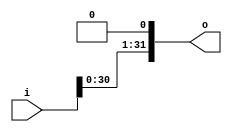
module ShiftLeftOne (
    input signed [31:0] i,
    output signed [31:0] o
);

    // TODO: implement your shift left 1 here
    
    assign o = i << 1;

endmodule